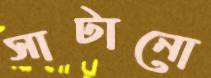
সাটানো